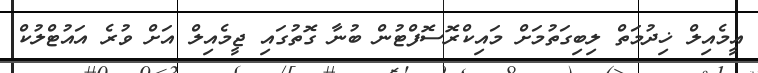
އީމެއިލް ޚިދުމަތް ލިބިގަތުމަށް މައިކްރޮސޮފްޓުން ބުނާ ގޮތުގައި ޖީމެއިލް އަށް ވުރެ އައުޓްލުކް